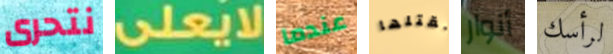
نتحرى لايعلى عندما نقتلها أنوار لرأسك